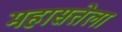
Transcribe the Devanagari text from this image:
महासत्तेला